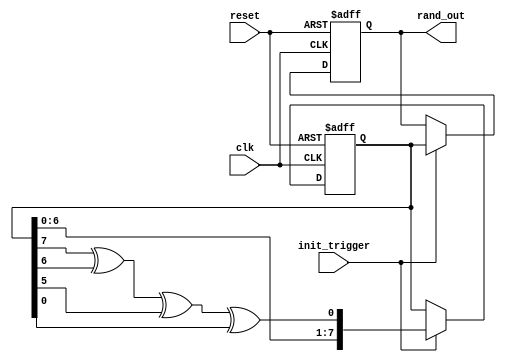
module RandomInit #(
    parameter WIDTH = 8,          // Width of the random output
    parameter SEED = 8'hA5       // Default seed value
)(
    input wire clk,               // Clock signal
    input wire reset,             // Reset signal
    input wire init_trigger,      // Trigger for initialization
    output reg [WIDTH-1:0] rand_out // Random output
);

    // Internal state for LFSR
    reg [WIDTH-1:0] lfsr;

    // LFSR feedback polynomial (example for 8-bit LFSR)
    wire feedback = lfsr[WIDTH-1] ^ lfsr[WIDTH-2] ^ lfsr[WIDTH-3] ^ lfsr[0];

    // Always block for random value generation
    always @(posedge clk or posedge reset) begin
        if (reset) begin
            // Reset the LFSR to the seed value
            lfsr <= SEED;
            rand_out <= 0;
        end else if (init_trigger) begin
            // Generate the next random value
            lfsr <= {lfsr[WIDTH-2:0], feedback}; // Shift and insert feedback
            rand_out <= lfsr; // Output the current LFSR value
        end
    end

endmodule